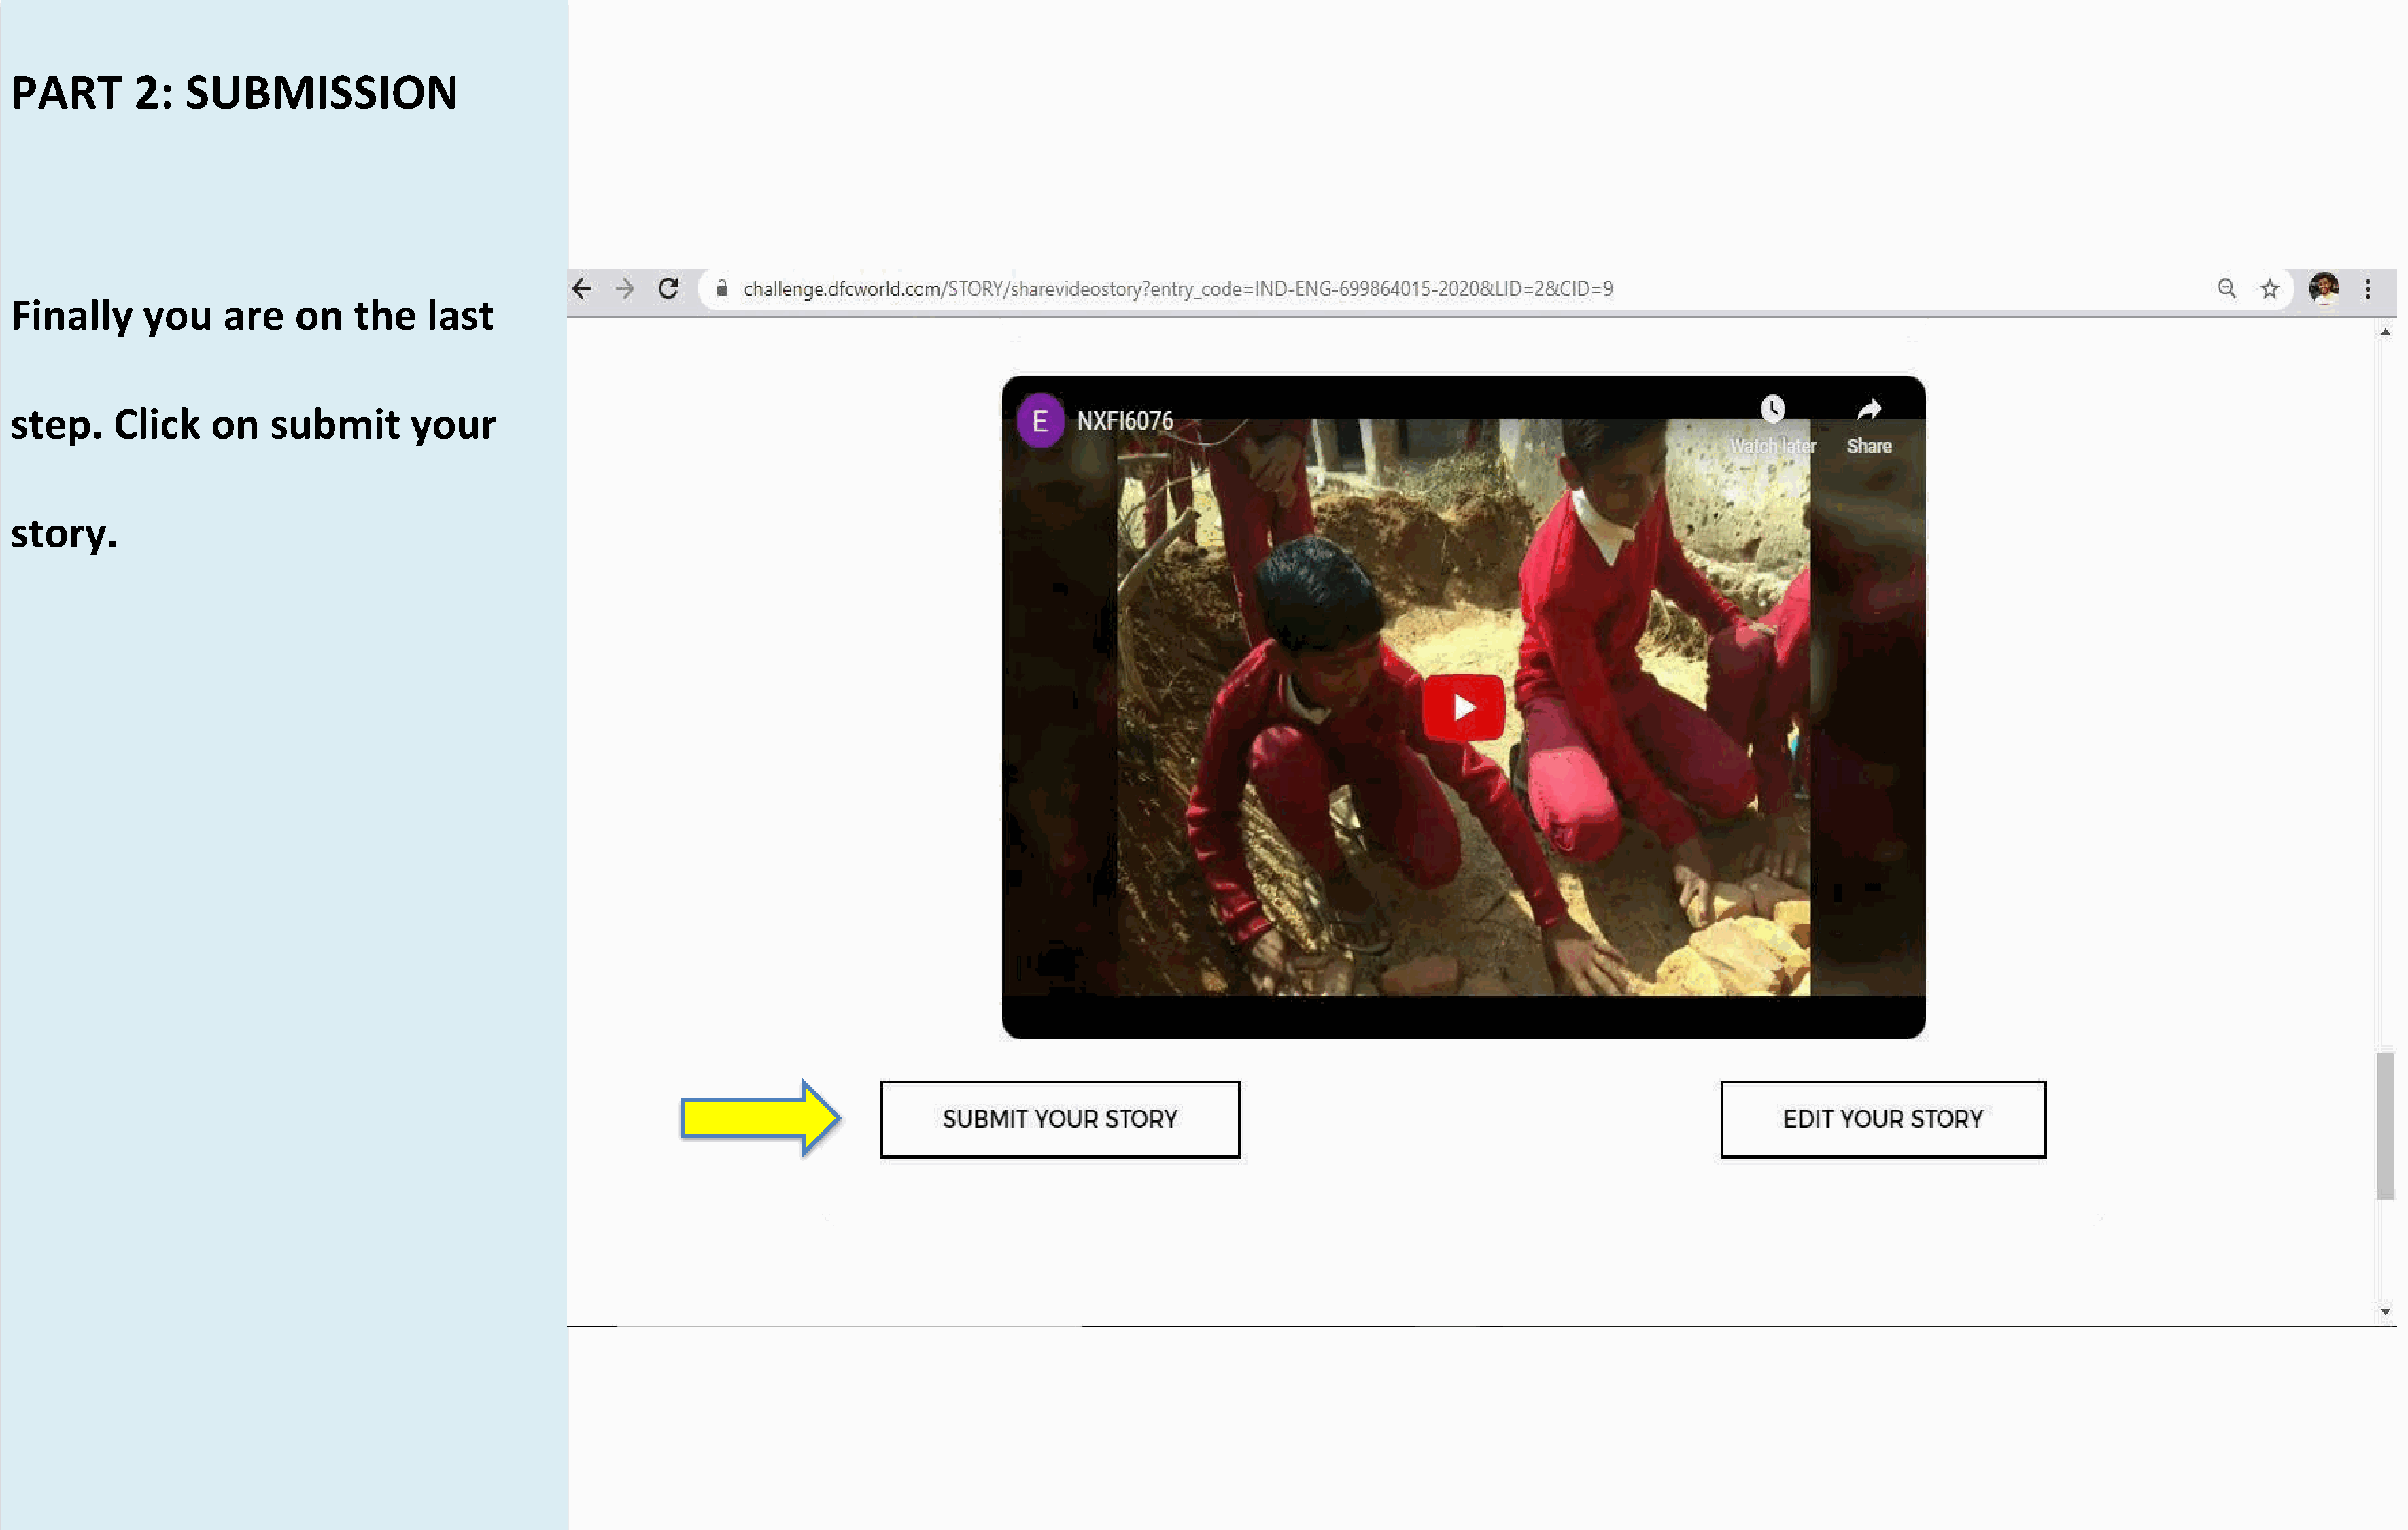
PART        2:   SUBMISSION
 Finally      you     are    on   the     last
 step.     Click     on   submit        your
 story.